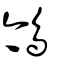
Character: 鳹